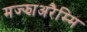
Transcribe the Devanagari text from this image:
मज्झाअरैम्मि